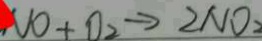
N O + O _ { 2 } \rightarrow 2 N O _ { 2 }